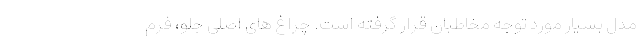
مدل بسیار مورد توجه مخاطبان قرار گرفته است. چراغ های اصلی جلو، فرم